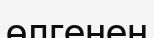
өлгенен